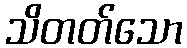
သိတတ်သော